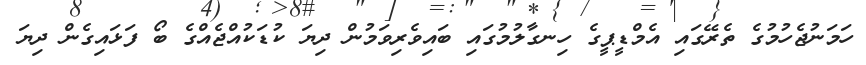
ހަމަނުޖެހުމުގެ ތެރޭގައި އެމްޑީޕީގެ ހިނގާލުމުގައި ބައިވެރިވަމުން ދިޔަ ކުޑަކުއްޖެއްގެ ބޯ ފަޅައިގެން ދިޔަ